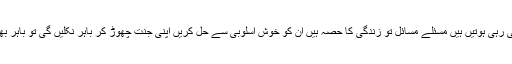
میر ی ان ماؤں، بہنوں سے بھی گزارش ہے اپنا گھر جنت ہوتا ہے جہاں آپ اپنی زندگی اپنی مرضی سے جی رہی ہوتیں ہیں مسئلے مسائل تو زندگی کا حصہ ہیں ان کو خوش اسلوبی سے حل کریں اپنی جنت چھوڑ کر باہر نکلیں گی تو باہر بھوکے بھیڑے انسان کی شکل میں پھرتے ہوئے ملیں گے، باہر نا آپ کی عزت محفوظ رہے گی نا ہی زندگی۔